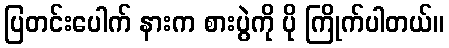
ပြတင်းပေါက် နားက စားပွဲကို ပို ကြိုက်ပါတယ်။